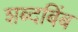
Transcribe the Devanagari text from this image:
शब्दबिंब